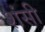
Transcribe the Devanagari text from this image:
शंसी